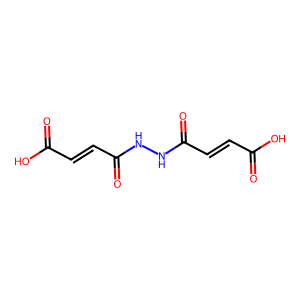
SMILES: O=C(O)C=CC(=O)NNC(=O)C=CC(=O)O
Inhibits HIV replication: No